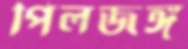
পিলজঙ্গ